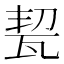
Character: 㼤